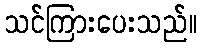
သင်ကြားပေးသည်။